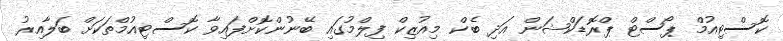
ކޮސްޓިއުމް ޕޯސްޓް ޕްރޮޑަކްޝަން އަދި ބެކް މިއުޒިކް ފިލްމުގައި ބޭނުންކޮށްފައިވާ ކޮސްޓިއުމްތަކަށް ބަލާއިރު